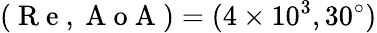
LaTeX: (\mathrm{~R~e~},\mathrm{~A~o~A~})=(4\times 10^{3},30^{\circ})